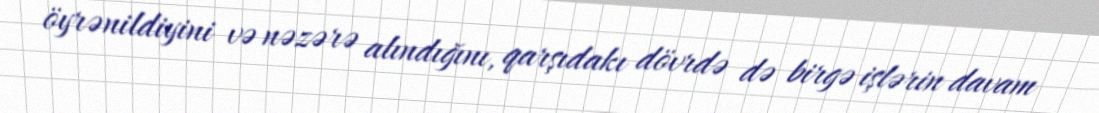
öyrənildiyini və nəzərə alındığını, qarşıdakı dövrdə də birgə işlərin davam